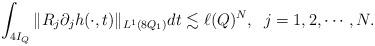
LaTeX: \begin{align*}\int_{4I_Q}\|R_j\partial_jh(\cdot, t)\|_{L^1(8Q_1)}dt\lesssim\ell(Q)^N,\;\;j=1,2,\cdots, N.\end{align*}